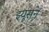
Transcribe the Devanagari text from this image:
झ्यूसने